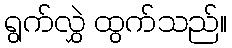
ရွက်လွှဲ ထွက်သည်။